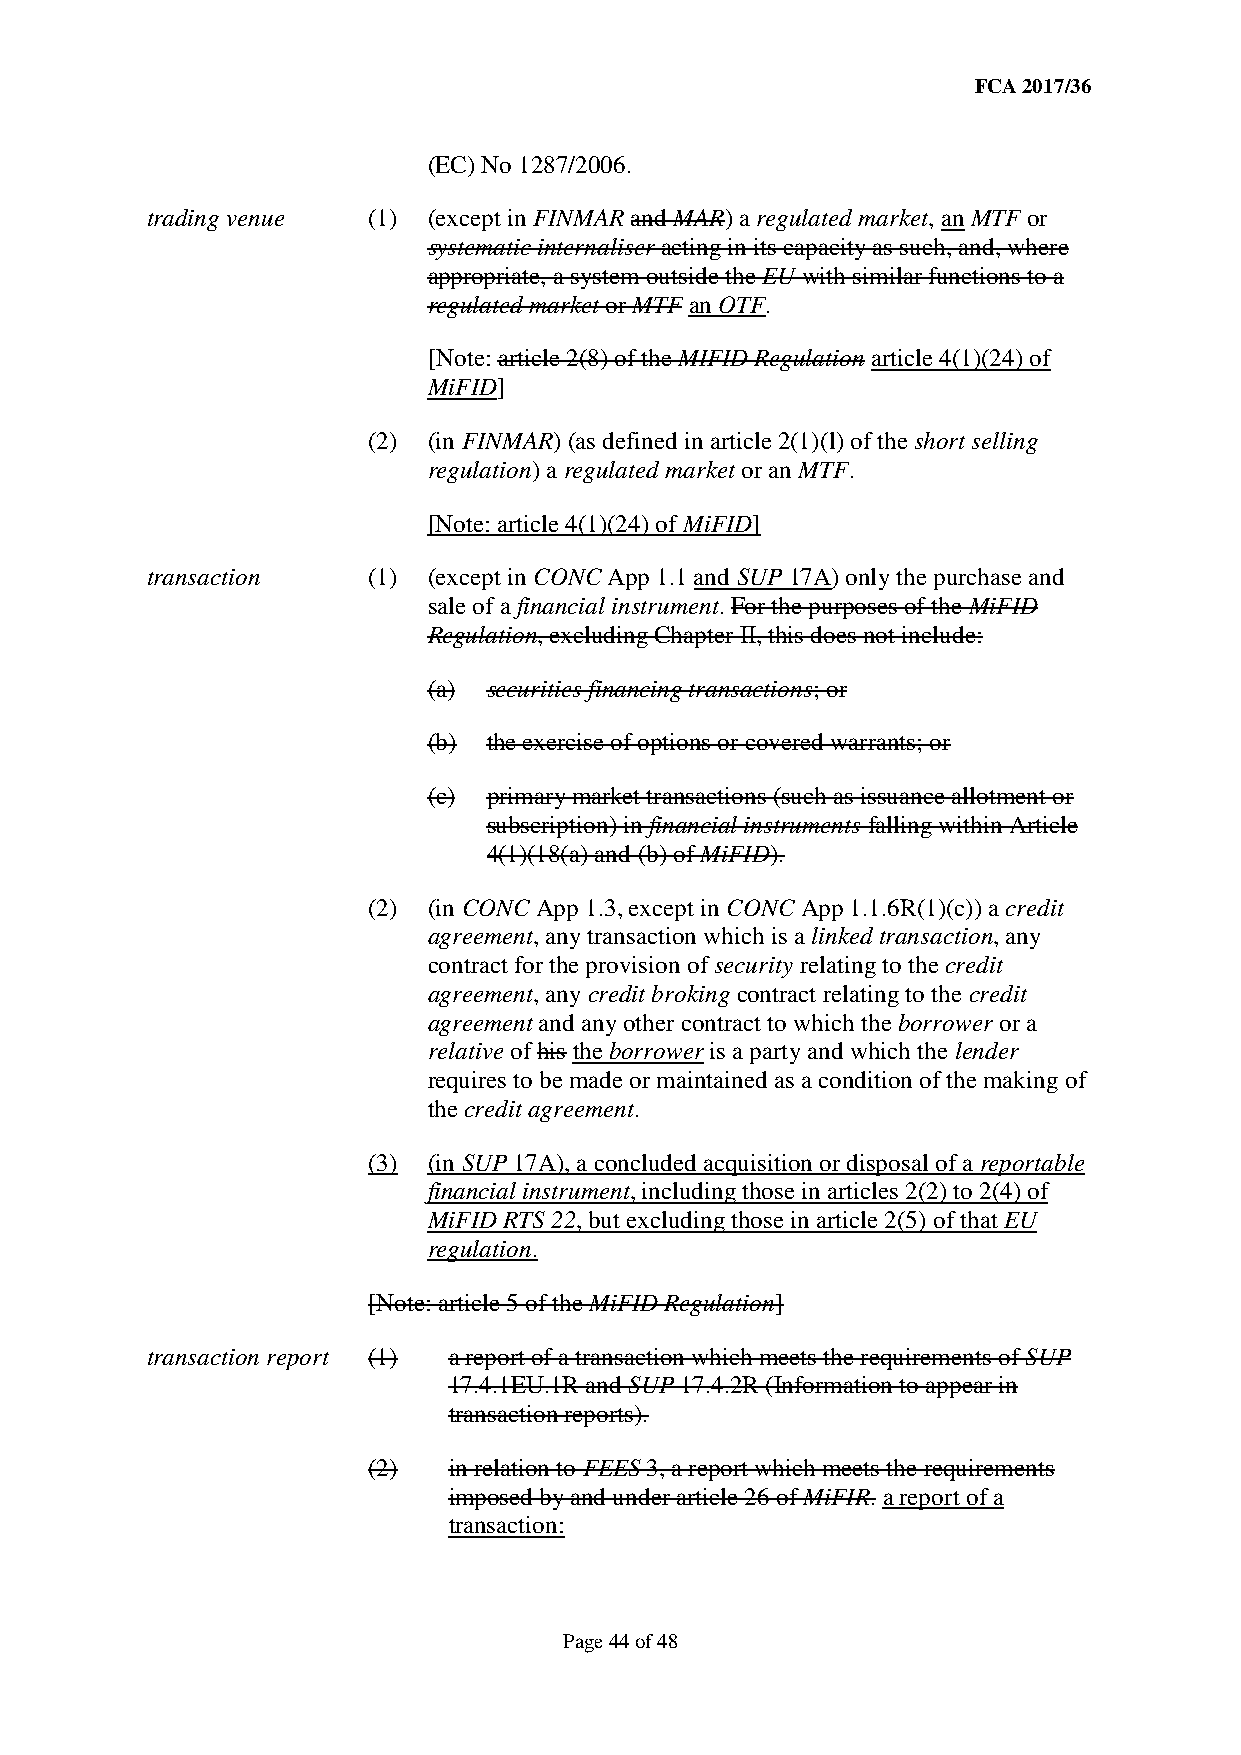
FCA 2017/36
 (EC) No 1287/2006.
 trading venue (1) (except in FINMAR and MAR) a regulated market, an MTF or
 systematic internaliser acting in its capacity as such, and, where
 appropriate, a system outside the EU with similar functions to a
 regulated market or MTF an OTF.
 [Note: article 2(8) of the MIFID Regulation article 4(1)(24) of
 MiFID]
 (2) (in FINMAR) (as defined in article 2(1)(l) of the short selling
 regulation) a regulated market or an MTF.
 [Note: article 4(1)(24) of MiFID]
 transaction   (1) (except in CONC App 1.1 and SUP 17A) only the purchase and
 sale of a financial instrument. For the purposes of the MiFID
 Regulation, excluding Chapter II, this does not include:
 (a) securities financing transactions; or
 (b) the exercise of options or covered warrants; or
 (c) primary market transactions (such as issuance allotment or
 subscription) in financial instruments falling within Article
 4(1)(18(a) and (b) of MiFID).
 (2) (in CONC App 1.3, except in CONC App 1.1.6R(1)(c)) a credit
 agreement, any transaction which is a linked transaction, any
 contract for the provision of security relating to the credit
 agreement, any credit broking contract relating to the credit
 agreement and any other contract to which the borrower or a
 relative of his the borrower is a party and which the lender
 requires to be made or maintained as a condition of the making of
 the credit agreement.
 (3) (in SUP 17A), a concluded acquisition or disposal of a reportable
 financial instrument, including those in articles 2(2) to 2(4) of
 MiFID RTS 22, but excluding those in article 2(5) of that EU
 regulation.
 [Note: article 5 of the MiFID Regulation]
 transaction report (1) a report of a transaction which meets the requirements of SUP
 17.4.1EU.1R and SUP 17.4.2R (Information to appear in
 transaction reports).
 (2)   in relation to FEES 3, a report which meets the requirements
 imposed by and under article 26 of MiFIR. a report of a
 transaction:
 Page 44 of 48